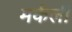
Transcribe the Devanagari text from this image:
मर्कली